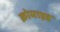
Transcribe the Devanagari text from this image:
क्रोमाइड